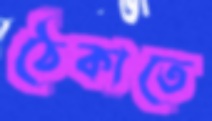
ঠেকাতে